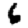
Digit: 6